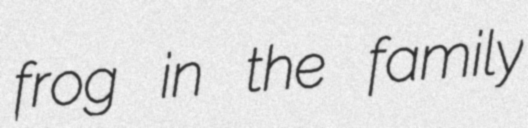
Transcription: frog in the family